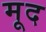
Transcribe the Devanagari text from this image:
मूद